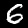
Label: 6